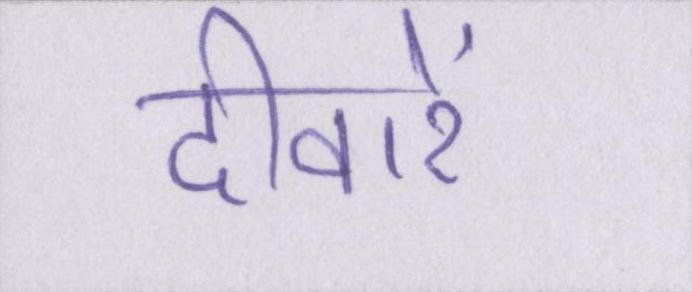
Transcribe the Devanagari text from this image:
दीवारें